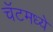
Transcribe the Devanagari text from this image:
चॅटमध्ये